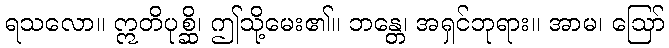
ရသလော။ ဣတိပုစ္ဆိ၊ ဤသို့မေး၏။ ဘန္တေ၊ အရှင်ဘုရား။ အာမ၊ ဩော်